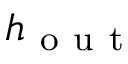
h _ { \mathrm { ~ o ~ u ~ t ~ } }